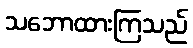
သဘောထားကြသည်